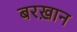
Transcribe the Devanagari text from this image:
बरख़ान